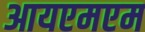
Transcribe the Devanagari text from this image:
आयएमएम